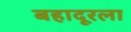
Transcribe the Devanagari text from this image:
बहादूरला